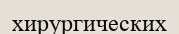
хирургических